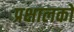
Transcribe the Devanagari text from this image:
प्रक्षालकों